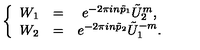
\left\{ \begin{array} { c c c } { W _ { 1 } } & { = } & { e ^ { - 2 \pi i n \tilde { p } _ { 1 } } \tilde { U } _ { 2 } ^ { m } , } \\ { W _ { 2 } } & { = } & { e ^ { - 2 \pi i n \tilde { p } _ { 2 } } \tilde { U } _ { 1 } ^ { - m } . } \\ \end{array} \right.